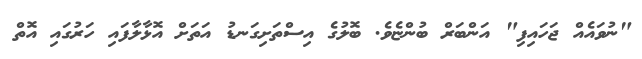
"ނުވައެއް ޖަހައިފި" އަންބަރް ބުންޏެވެ. ބޮލުގެ އިސްތަށިގަނޑު އަތަށް އޮޅާލާފައި ހަރުގައި އޮތް